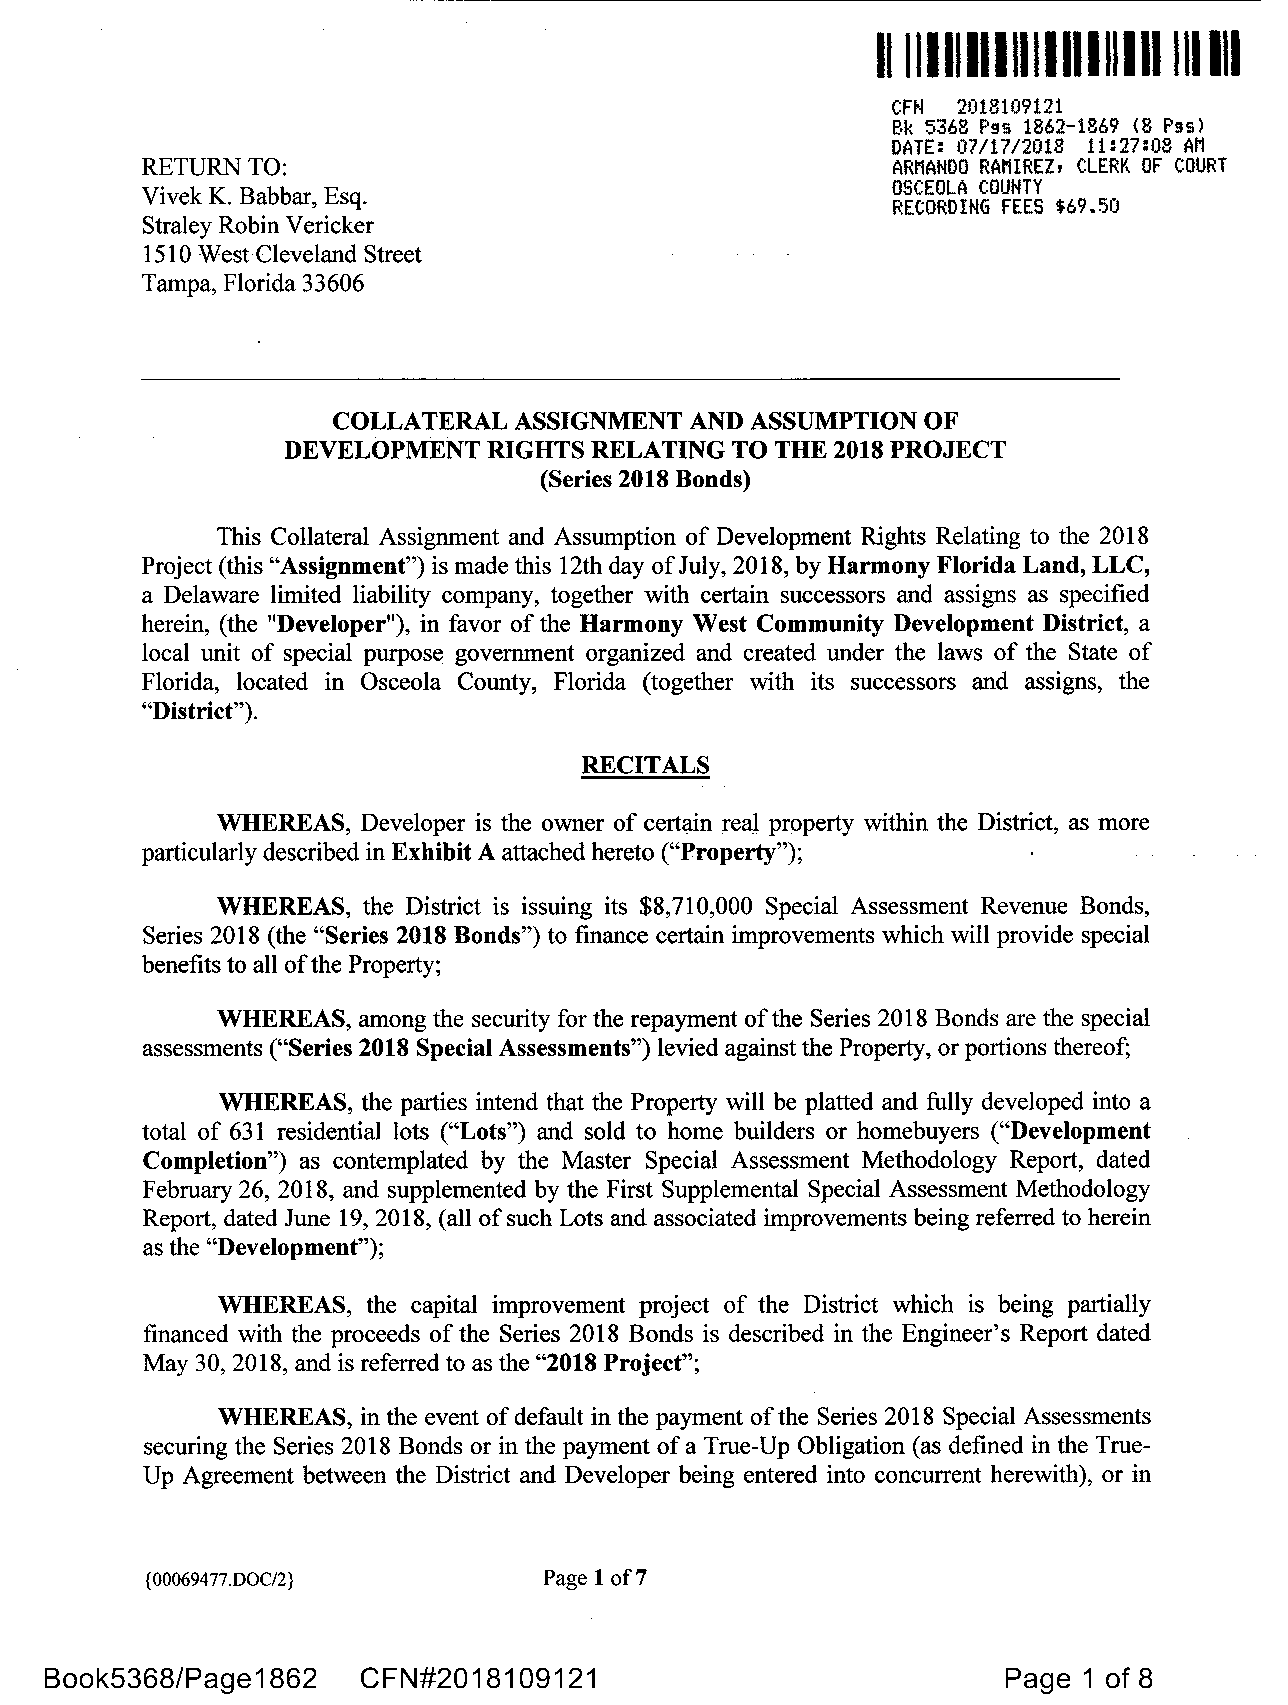
1111111111111111111111111 Ill
 CFN 2018109121
 Bk 5368 Pgs 1862-1869 (8 Pgs)
 DATE: 07/17/2018 11:27:08 AM
 RETURN TO:                                        ARMANDO RAMIREZ, CLERK OF COURT
 OSCEOLA COUNTY
 Vivek K. Babbar, Esq.
 RECORDING FEES $69.50
 Straley Robin Vericker
 1510 West Cleveland Street
 Tampa, Florida 33606
 COLLATERAL  ASSIGNMENT  AND ASSUMPTION OF
 DEVELOPMENT  RIGHTS RELATING TO THE 2018 PROJECT
 (Series 2018 Bonds)
 This Collateral Assignment and Assumption of Development Rights Relating to the 2018
 Project (this "Assignment") is made this 12th day of July, 2018, by Harmony Florida Land, LLC,
 a Delaware limited liability company, together with certain successors and assigns as specified
 herein, (the "Developer"), in favor of the Harmony West Community Development District, a
 local unit of special purpose government organized and created under the laws of the State of
 Florida, located in Osceola County, Florida (together with its successors and assigns, the
 "District").
 RECITALS
 WHEREAS,  Developer is the owner of certain real property within the District, as more
 particularly described in Exhibit A attached hereto ("Property");
 WHEREAS,  the District is issuing its $8,710,000 Special Assessment Revenue Bonds,
 Series 2018 (the "Series 2018 Bonds") to finance certain improvements which will provide special
 benefits to all ofthe Property;
 WHEREAS,  among the security for the repayment of the Series 2018 Bonds are the special
 assessments ("Series 2018 Special Assessments") levied against the Property, or portions thereof;
 WHEREAS,  the parties intend that the Property will be platted and fully developed into a
 total of 631 residential lots ("Lots") and sold to home builders or homebuyers ("Development
 Completion") as contemplated by the Master Special Assessment Methodology Report, dated
 February 26, 2018, and supplemented by the First Supplemental Special Assessment Methodology
 Report, dated June 19, 2018, (all of such Lots and associated improvements being referred to herein
 as the "Development");
 WHEREAS,  the capital improvement project of the District which is being partially
 financed with the proceeds of the Series 2018 Bonds is described in the Engineer's Report dated
 May 30, 2018, and is referred to as the "2018 Project";
 WHEREAS,  in the event of default in the payment of the Series 2018 Special Assessments
 securing the Series 2018 Bonds or in the payment of a True-Up Obligation (as defined in the True­
 Up Agreement between the District and Developer being entered into concurrent herewith), or in
 {00069477.DOC/2}          Page 1 of7
 Book5368/Page1862    CFN#2018109121                            Page  1 of 8